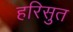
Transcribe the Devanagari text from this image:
हरिसुत